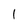
Character: l